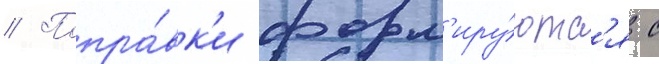
// Попра́вк'и форм'иру́ютс'я с